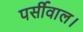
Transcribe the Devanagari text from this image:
पर्सीवाल।